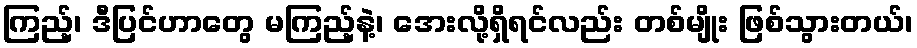
ကြည့်၊ ဒီပြင်ဟာတွေ မကြည့်နဲ့၊ အေးလို့ရှိရင်လည်း တစ်မျိုး ဖြစ်သွားတယ်၊